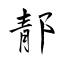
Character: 郬